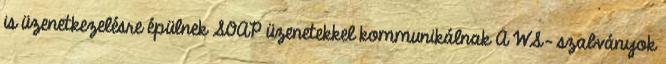
is üzenetkezelésre épülnek SOAP üzenetekkel kommunikálnak A WS- szabványok